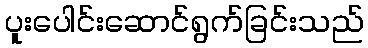
ပူးပေါင်းဆောင်ရွက်ခြင်းသည်